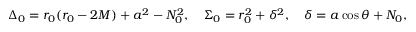
\Delta _ { 0 } = r _ { 0 } ( r _ { 0 } - 2 M ) + a ^ { 2 } - N _ { 0 } ^ { 2 } , \quad \Sigma _ { 0 } = r _ { 0 } ^ { 2 } + \delta ^ { 2 } , \quad \delta = a \cos \theta + N _ { 0 } ,